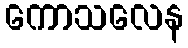
ကောသလေန